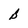
Character: B